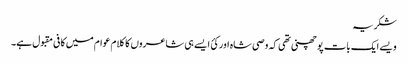
شکریہ
ویسے ایک بات پو چھنی تھی کہ وصی شاہ اور کئ ایسے ہی شاعروں کا کلام عوام میں کافی مقبول ہے۔